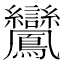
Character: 𪈽